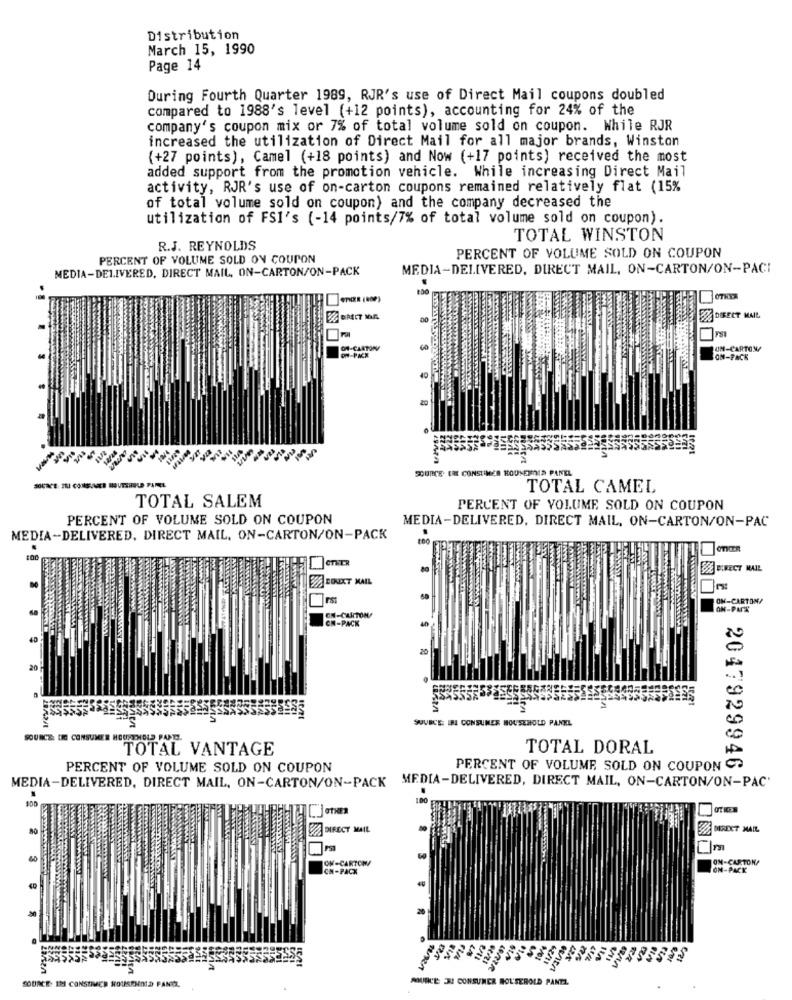
Distribution
March 15, 1990
Page 14
During Fourth Quarter 1989, RJR's use of Direct Mail coupons doubled
compared to 1988's level (+12 points), accounting for 24% of the
company's coupon mix or 7% of total volume sold on coupon. While RJR
increased the utilization of Direct Mail for all major brands, Winston
(+27 points), Camel (+18 points) and Now (+17 points) received the most
added support from the promotion vehicle. While increasing Direct Mail
activity, RJR's use of on-carton coupons remained relatively flat (15%
of total volume sold on coupon) and the company decreased the
utilization of FSI's (-14 points/7% of total volume sold on coupon).
TOTAL WINSTON
R.J. REYNOLDS
PERCENT OF VOLUME SOLD ON COUPON
PERCENT OF VOLUME SOLD ON COUPON
MEDIA-DELIVERED, DIRECT MAIL, ON-CARTON/ON-PACK
MEDIA-DELIVERED, DIRECT MAIL, ON-CARTON/ON-PACI
00
DIRECT MAIL
SH-CAATON
UN-CARTON/
On-PACK
ON-PACK
40
iEnt
SOURCE ERE CONSTIMER HOUKENNIS PANEL
TOTAL CAMEL
TOTAL SALEM
PERCENT OF VOLUME SOLD ON COUPON
PERCENT OF VOLUME SOLD ON COUPON
MEDIA-DELIVERED, DIRECT MAIL, ON-CARTON/ON-PAC
MEDIA-DELIVERED, DIRECT MAIL, ON-CARTON/ON-PACK
OTHER
DIRECT MAIL
BOUXT MAIL
IFst
ON-CARTON/
ON-PACK
ON-CARTON
40
20
SOURCE: IN CONSUMER HOUSEHOLD PANEL
SOURCE: D CONSU
TOTAL VANTAGE
TOTAL DORAL
PERCENT OF VOLUME SOLD ON COUPON
PERCENT OF VOLUME SOLD ON COUPON CO
2047929946
MEDIA-DELIVERED, DIRECT MAIL, ON-CARTON/ON-PACK MEDIA-DELIVERED, DIRECT MAIL, ON-CARTON/ON-PAC'
DIRECT MAIL
DIRECT MAIL
ON-CARTON/
OM-CASTON/
CN-PACK
ON-PACK
SOURCE: 12 CONSUMER HOUSEHOLD FANCI,
MURCE 3! CONSUMER ROL SEROLD PANTA.